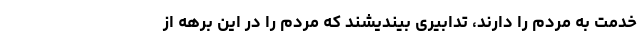
خدمت به مردم را دارند، تدابیری بیندیشند که مردم را در این برهه از